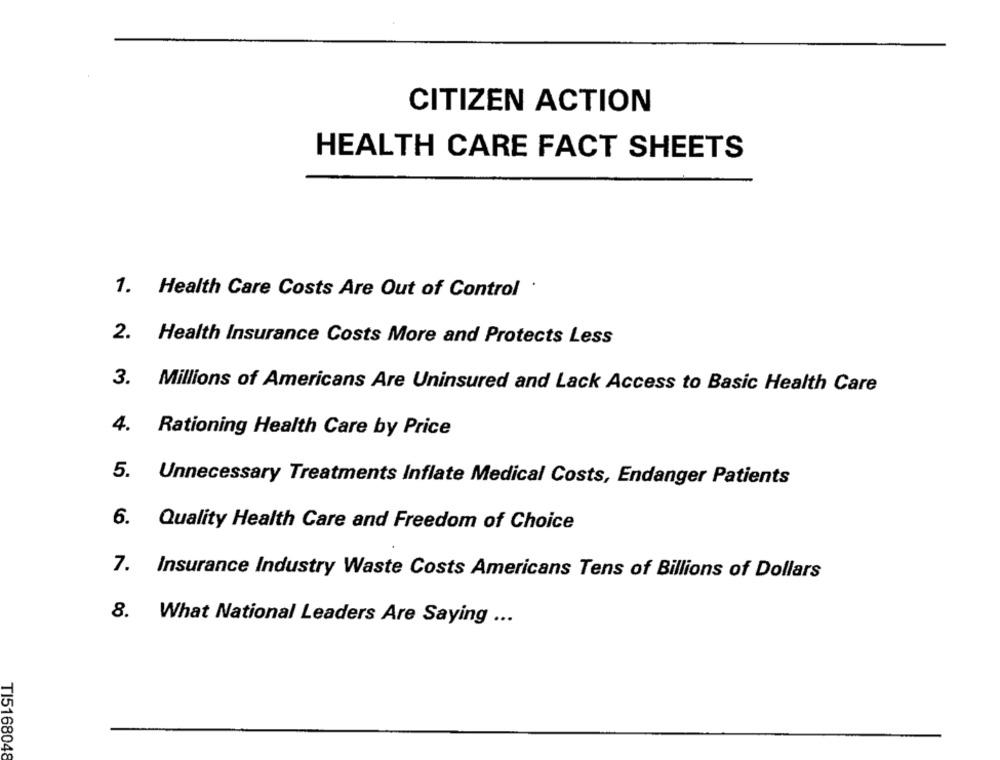
CITIZEN ACTION
HEALTH CARE FACT SHEETS
1. Health Care Costs Are Out of Control .
2. Health Insurance Costs More and Protects Less
3. Millions of Americans Are Uninsured and Lack Access to Basic Health Care
4.
Rationing Health Care by Price
5. Unnecessary Treatments Inflate Medical Costs, Endanger Patients
6. Quality Health Care and Freedom of Choice
7. Insurance Industry Waste Costs Americans Tens of Billions of Dollars
8. What National Leaders Are Saying ...
TI5168048